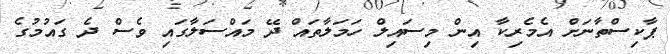
ޕާކިސްތާނަށް އެމެރިކާ އިން މިސައިލް ހަމަލާތައް ދޭ މައްސަލާގައި ވެސް ދެ ގައުމުގެ